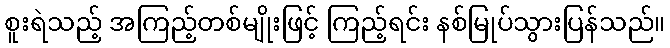
စူးရဲသည့် အကြည့်တစ်မျိုးဖြင့် ကြည့်ရင်း နစ်မြုပ်သွားပြန်သည်။